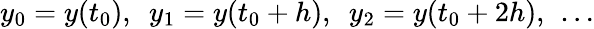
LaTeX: y_{0}=y(t_{0}),\ \ y_{1}=y(t_{0}+h),\ \ y_{2}=y(t_{0}+2h),\ \dots